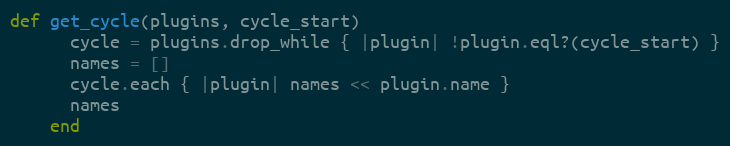
Language: Ruby
def get_cycle(plugins, cycle_start)
      cycle = plugins.drop_while { |plugin| !plugin.eql?(cycle_start) }
      names = []
      cycle.each { |plugin| names << plugin.name }
      names
    end